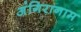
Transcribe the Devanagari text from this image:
अंगिरानाम